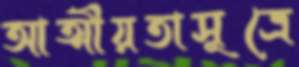
আত্মীয়তাসূত্রে